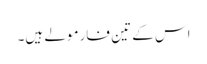
اس کے تین فارمولے ہیں۔